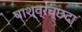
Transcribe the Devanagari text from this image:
पाश्व्रच्छदा